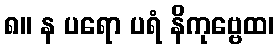
၈။ န ပရော ပရံ နိကုဗ္ဗေထ၊